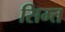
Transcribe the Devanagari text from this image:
सिम्त